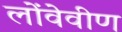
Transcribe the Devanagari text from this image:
लोंवेवीण